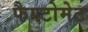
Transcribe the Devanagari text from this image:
फैण्टोमेट